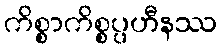
ကိစ္စာကိစ္စပ္ပဟီနဿ